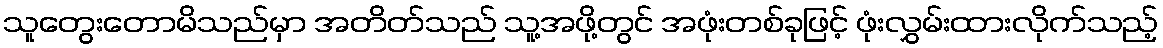
သူတွေးတောမိသည်မှာ အတိတ်သည် သူ့အဖို့တွင် အဖုံးတစ်ခုဖြင့် ဖုံးလွှမ်းထားလိုက်သည့်